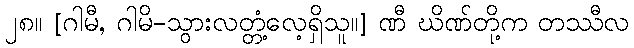
၂၈။ [ဂါမီ, ဂါမိ-သွားလတ္တံ့လေ့ရှိသူ။] ဏီ ဃိဏ်တို့က တဿီလ